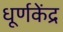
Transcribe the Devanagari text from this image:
धूर्णकेंद्र